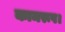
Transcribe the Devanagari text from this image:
कामरूप।